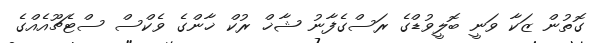
ގޮތުން ޒަކާ ވަނީ ބޮލީވުޑްގެ ރަސްގެފާނު ޝާޚް ރުކް ޚާންގެ ވެކްސް ސްޓެޗޫއެއްގެ